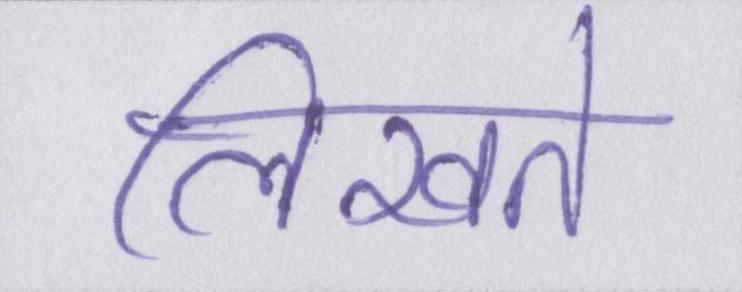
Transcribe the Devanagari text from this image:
लिखते